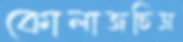
কোলাজচিত্র